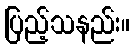
ပြည့်သနည်း။